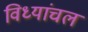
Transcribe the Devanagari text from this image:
विध्यांचल